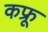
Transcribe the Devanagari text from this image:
कफ्रू